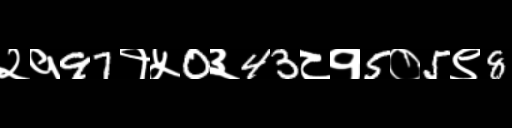
Text: २१97१५0३43८१5०5९8